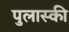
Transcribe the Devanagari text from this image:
पुलास्की